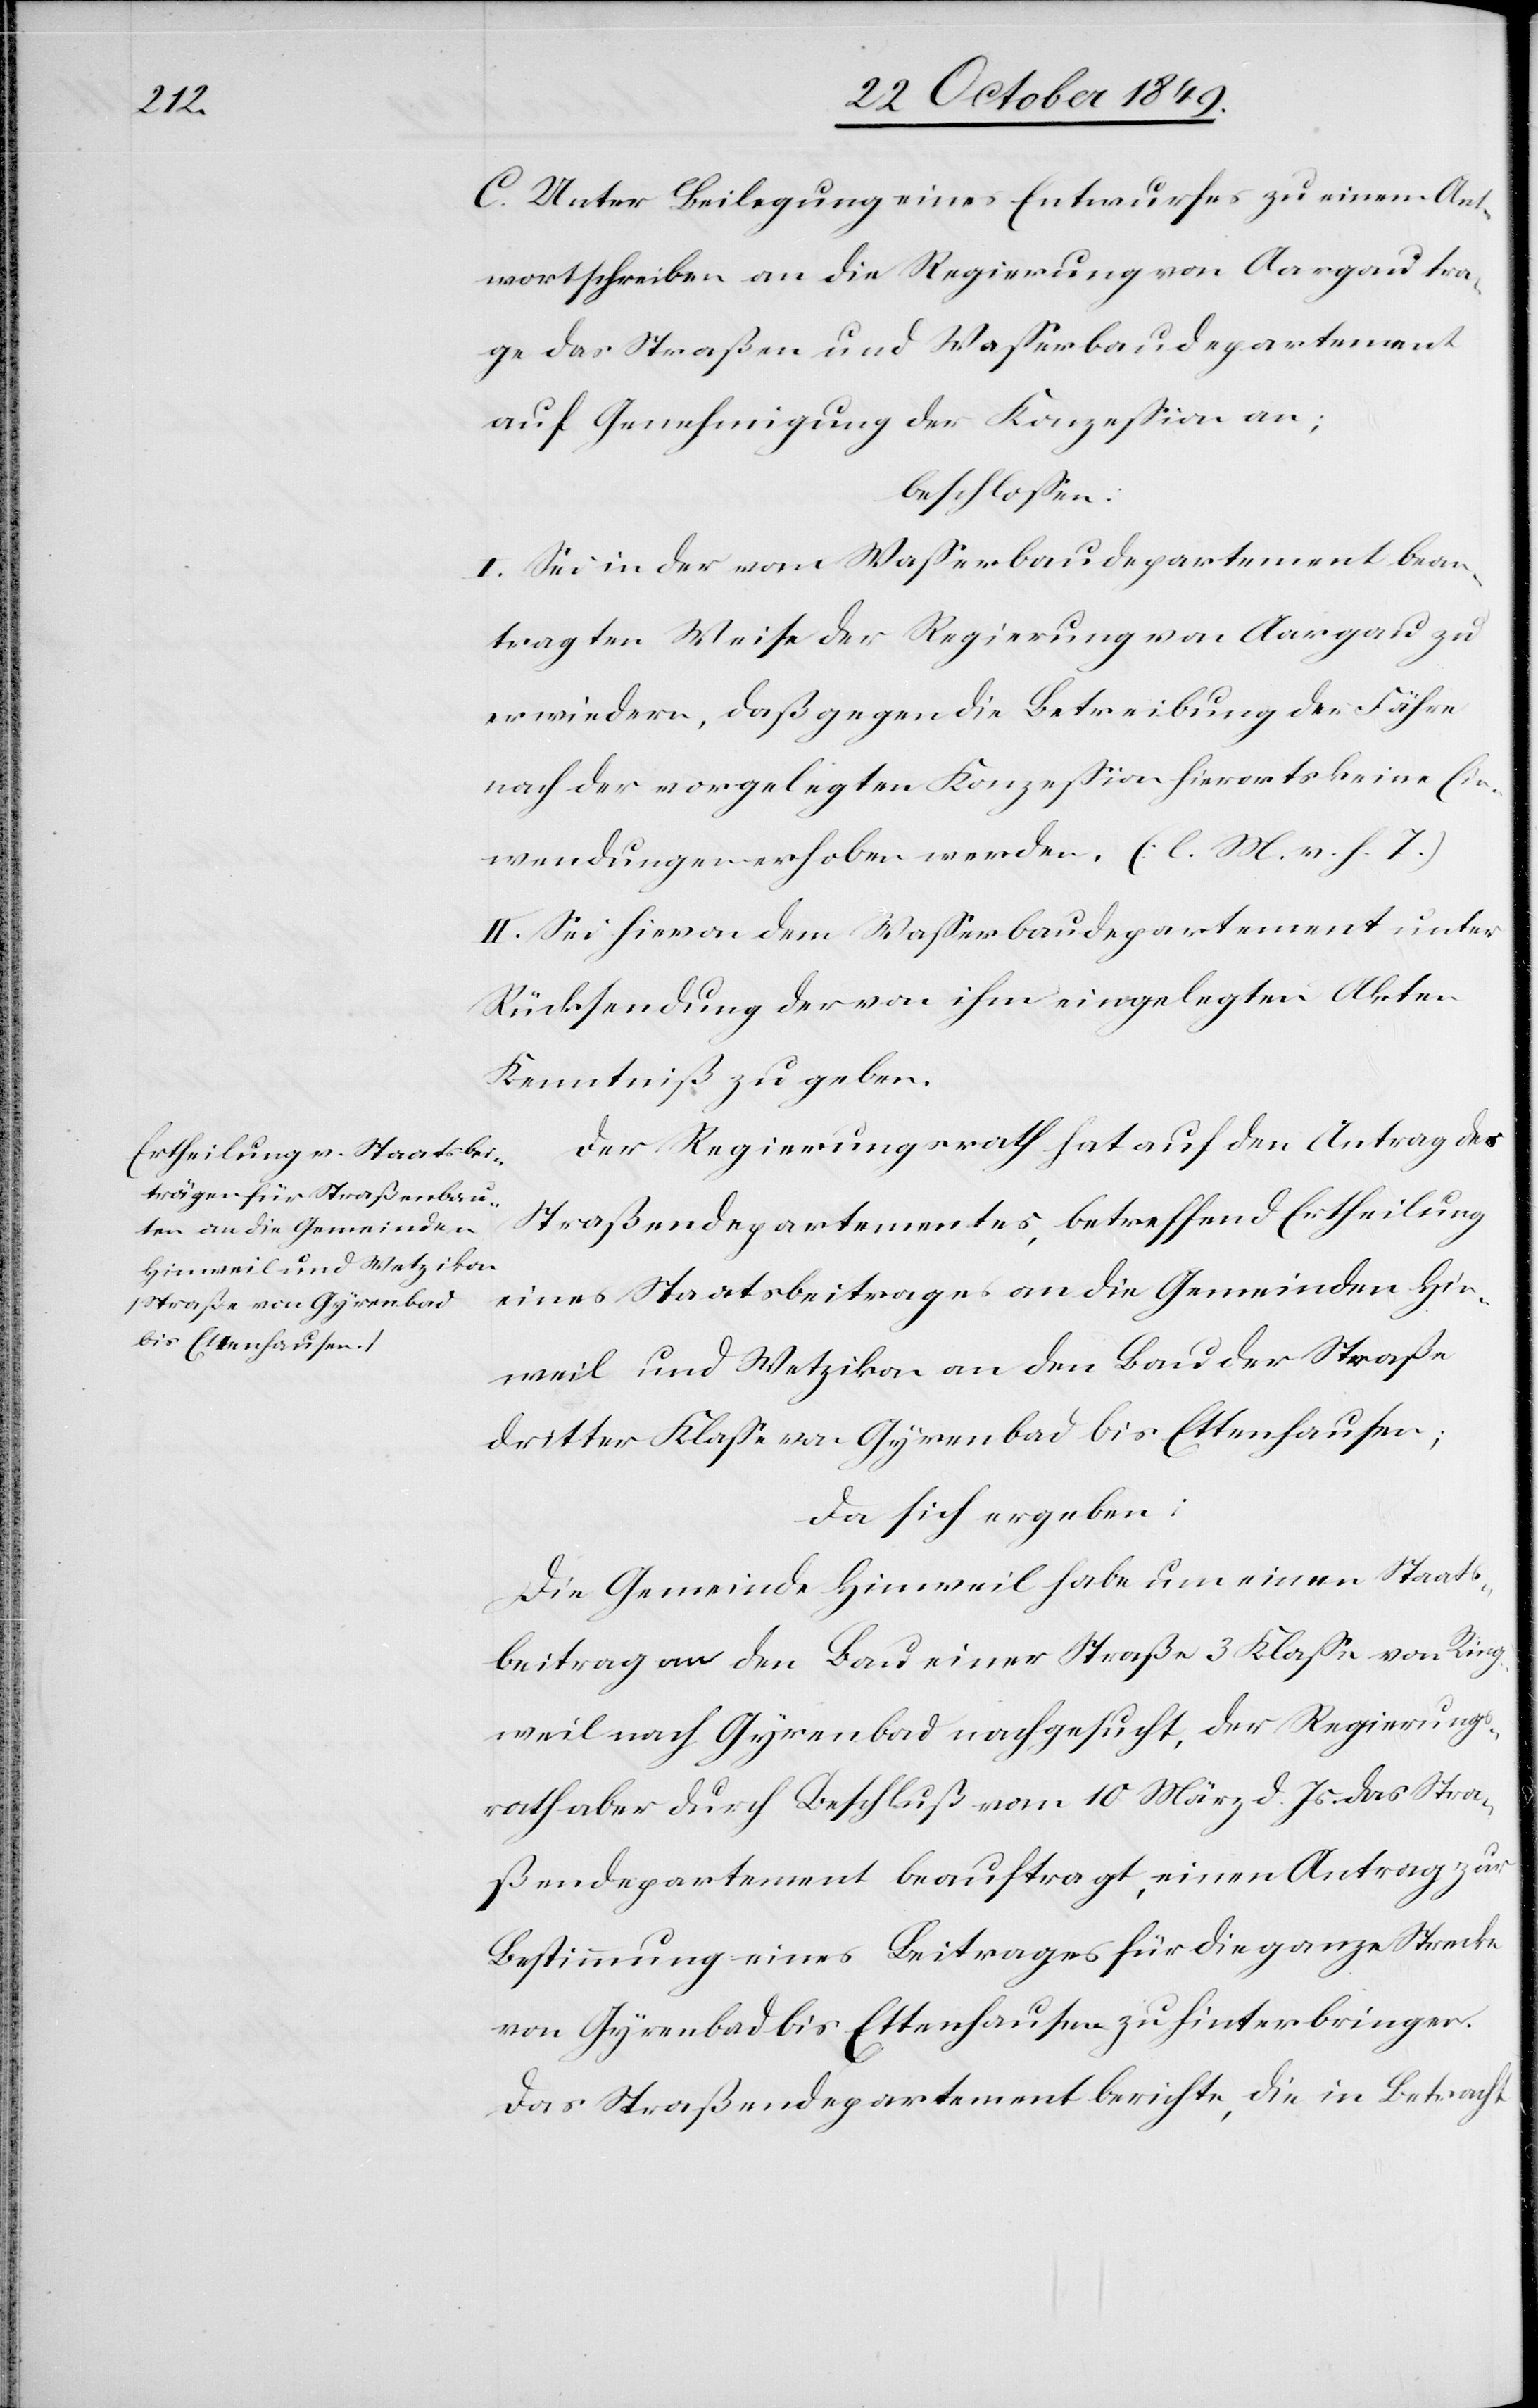
C. Unter Beilegung eines Entwurfes zu einem Ant¬
wortschreiben an die Regierung von Aargau tra¬
ge das Straßen und Waßerbaudepartement
auf Genehmigung der Konzeßion an;
beschloßen:
I. Sei in der vom Waßerbaudepartement bean¬
tragten Weise der Regierung von Aargau zu
erwiedern, daß gegen die Betreibung der Fähre
nach der vorgelegten Konzeßion hierorts keine Ein¬
wendungen erhoben werden. [l. M. v. h. T]
II. Sei hievon dem Waßerbaudepartement unter
Rücksendung der von ihm eingelegten Akten
Kenntniß zu geben.
Der Regierungsrath hat auf den Antrag des
Straßendepartementes, betreffend Eintheilung
eines Staatsbeitrages an die Gemeinden Hin¬
weil und Wetzikon an den Bau der Straße
dritter Klaße von Gyrenbad bis Ettenhausen;
da sich ergeben:
Die Gemeinde Hinweil habe um einen Staats¬
beitrag an den Bau einer Straße 3 Klaße von Ring¬
weil nach Gyrenbad nachgesucht, der Regierungs¬
rath aber durch Beschluß vom 10 März d. Js. das Stra¬
ßendepartement beauftragt, einen Antrag zur
Bestimmung eines Beitrages für die ganze Strecke
von Gyrenbad bis Ettenhausen zu hinterbringen.
Das Straßendepartement berichte, die in Betracht